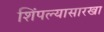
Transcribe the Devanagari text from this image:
शिंपल्यासारखा